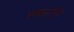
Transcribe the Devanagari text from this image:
मज्जातंतूंची